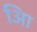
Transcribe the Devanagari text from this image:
आि